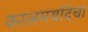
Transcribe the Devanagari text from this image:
कालमर्यादेचा